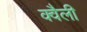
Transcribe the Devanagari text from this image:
क्वैली